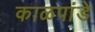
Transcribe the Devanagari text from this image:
काळपांडे